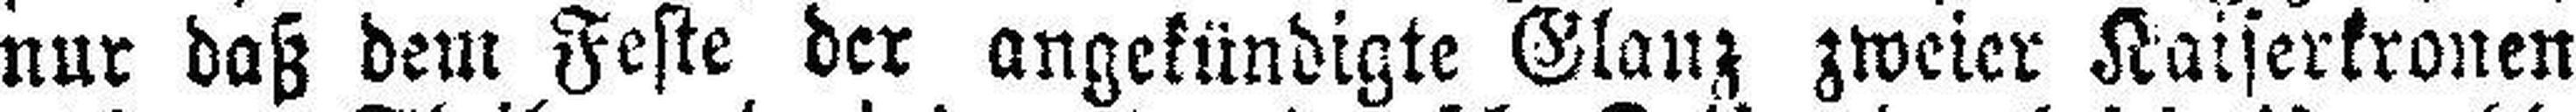
nur daß dem Feste der angekündigte Glanz zweier Kaiserkronen